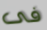
فى